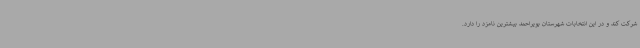
شرکت کند و در این انتخابات شهرستان بویراحمد بیشترین نامزد را دارد.